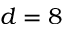
d = 8